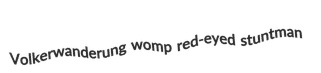
Volkerwanderung womp red-eyed stuntman